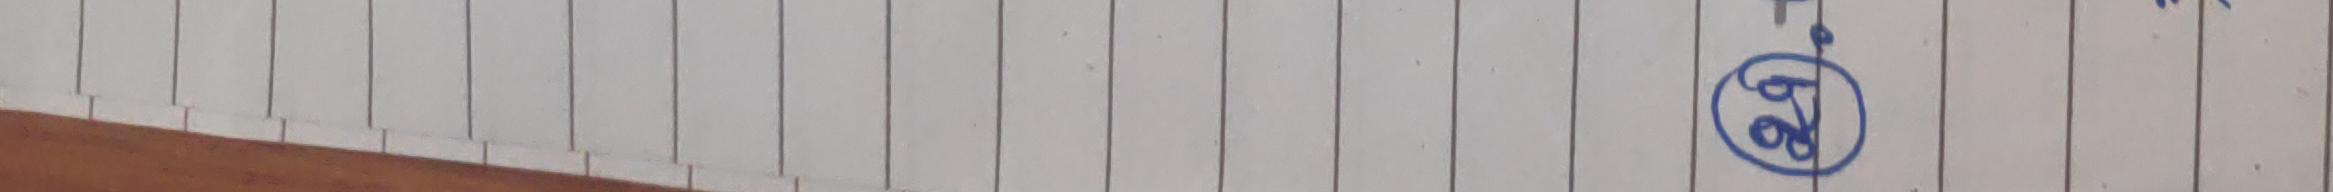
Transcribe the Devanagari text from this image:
ठ्छ